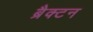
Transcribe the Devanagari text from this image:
ब्रैक्टन